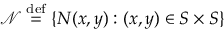
\mathcal { N } \stackrel { \mathrm { d e f } } { = } \{ N ( x , y ) : ( x , y ) \in S \times S \}